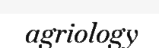
agriology